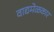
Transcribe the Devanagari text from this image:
वाद्यमेळकार